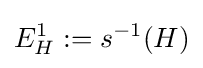
E_{H}^{1}:=s^{-1}(H)